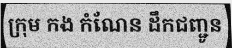
ក្រុម កង កំណែន ដឹកជញ្ជូន